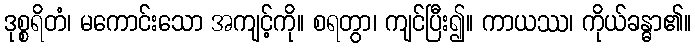
ဒုစ္စရိတံ၊ မကောင်းသော အကျင့်ကို။ စရတွာ၊ ကျင်ပြီး၍။ ကာယဿ၊ ကိုယ်ခန္ဓာ၏။